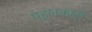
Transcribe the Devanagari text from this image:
पहलकारी